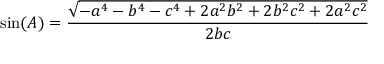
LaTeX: \sin ( A ) = { \frac { \sqrt { - a ^ { 4 } - b ^ { 4 } - c ^ { 4 } + 2 a ^ { 2 } b ^ { 2 } + 2 b ^ { 2 } c ^ { 2 } + 2 a ^ { 2 } c ^ { 2 } } } { 2 b c } }